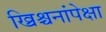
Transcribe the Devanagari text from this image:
ख्रिश्चनांपेक्षा